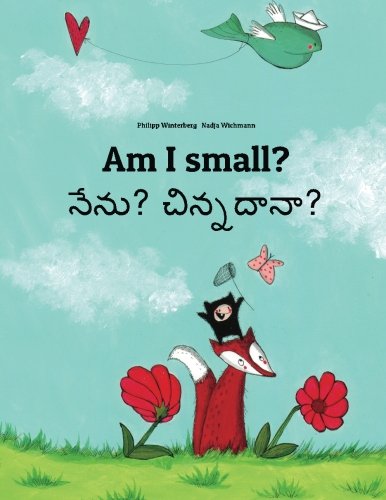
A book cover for Am I small? Nenu? Cinnadana?: Children's Picture Book English-Telugu (Bilingual Edition); Philipp Winterberg; Children's Books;